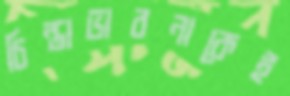
চিন্তাভাবনাকেই